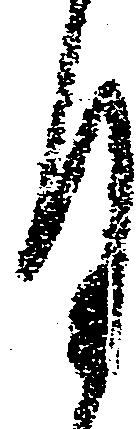
月